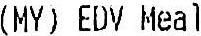
(MY) EDV MEAL